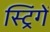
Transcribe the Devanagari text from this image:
स्ट्रिंगें